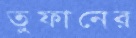
তুফানের